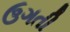
ઉગતી